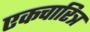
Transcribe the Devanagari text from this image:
एकचारित्र